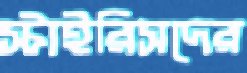
স্টাইরিসদের